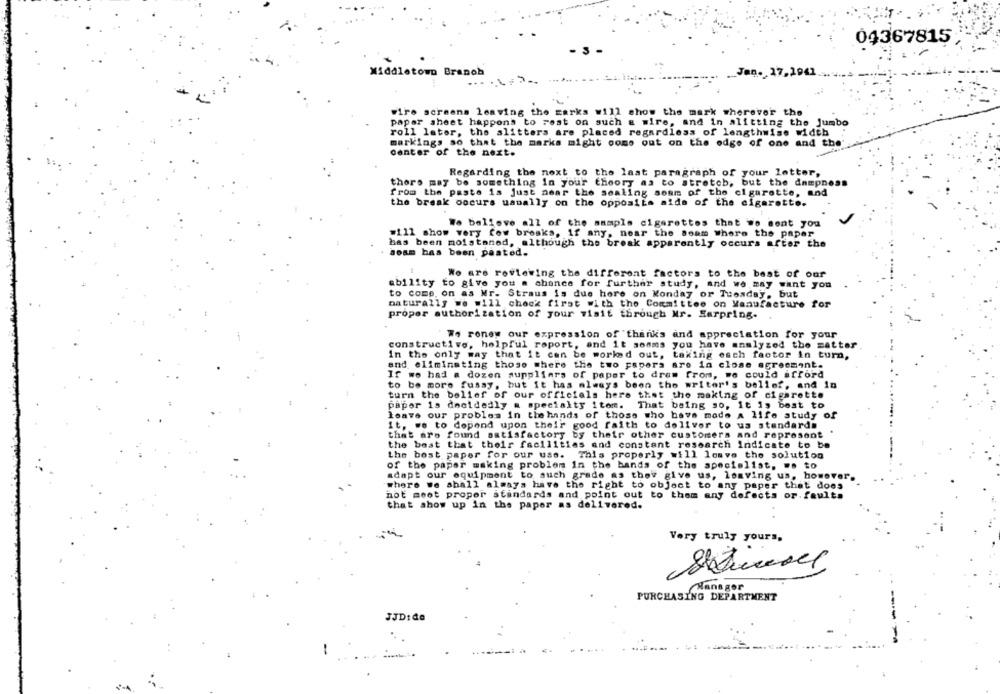
04367815
- 3
Middletown Branch
. Jan. 17,1941
Fire screens leaving the garks will show the mark wherever the
papar sheet happens to rest on such & wire, and in alitting the jumbo
roll later, the alitters are placed regardless of lengthwise width
markings so that the marks might come out on the edge of one and the
Center of the next.
Regarding the next to the last paragraph of your letter,
thors may be something in your theory as to stretch, but the dampness
from the paste is just near the sealing somm of the cigarette, and
the break occurs usually on the opposite aide of the cigarette.
We believe all of the sample cigarettes that we sent you
#111 show very few brosks, if any, near the Seam where the paper
has been moistaned, although the break apparently occurs after the
aosm has been pasted.
We are reviewing the different factors to the best of our
ability to give you a chance for further study, and we may want you
to come. on as Mr. Straus is due here on Monday or Tuesday, but
naturally we will check first with the Committee on Manufacture for
proper authorization of your visit through Mr. Earpring-
Wo renew our expression of thanks and appreciation for your
constructivo, helpful report, and it somms you have analyzed the matter
in the only way that it can be worked out, taking esch factor In turn,
and eliminating those where the two papers are in close agreement.
If we had a dozen suppliers of paper to drew from, we could afford
to be more fussy, but it has always been the writer's belief, and in
turn the belief of our officiels here that the making of cigarette
paper is decidedly a specialty item.
That being so, it is best to
leave our problem in the hands of those who have made a life study of
it, we to depend upon their good faith to deliver to us standards
that are found satisfactory by their other customers and represent
the best that their facilities and constant research Indicate to be
the best paper for our use. This properly will lomve the solution
of the paper making problem In the bands of the specielist. .. to
adapt our equipment to such grade as they give us, leaving us, however.
where we shall always have the right to object to any paper that does
not meet propor standards and point out to thom any defects or.faults
that show up in the paper as delivered.
Very truly yours,
Hans gor
PURCHASING DEPARTMENT
JJD: d
1